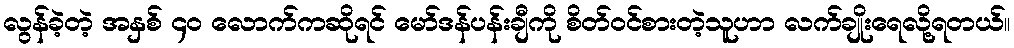
လွန်ခဲ့တဲ့ အနှစ် ၄၀ လောက်ကဆိုရင် မော်ဒန်ပန်းချီကို စိတ်၀င်စားတဲ့သူဟာ လက်ချိုးရေလို့ရတယ်။